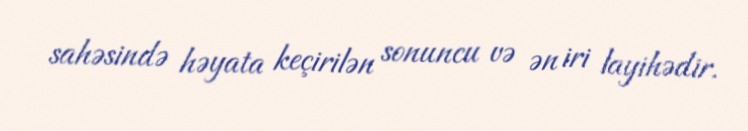
sahəsində həyata keçirilən sonuncu və ən iri layihədir.